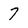
Character: 7